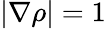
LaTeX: |\nabla\rho|=1